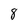
Character: 8